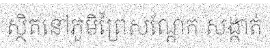
ស្ថិតនៅភូមិព្រៃសណ្តែក សង្កាត់